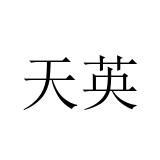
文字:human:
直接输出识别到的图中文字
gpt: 天英